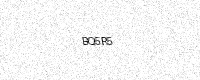
Text: BQ5R5